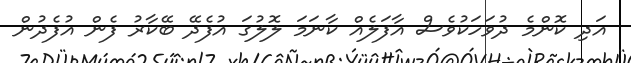
އަދި ކޮންމެ ދުވަހަކުވެސް އާފަލެއް ކާނަމަ ލޮލުގަ އުފެދޭ ބޭކާރު ފެން އުފެދުން